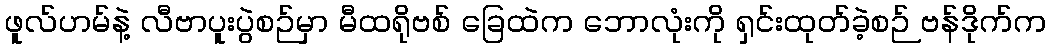
ဖူလ်ဟမ်နဲ့ လီဗာပူးပွဲစဉ်မှာ မီထရိုဗစ် ခြေထဲက ဘောလုံးကို ရှင်းထုတ်ခဲ့စဉ် ဗန်ဒိုက်က